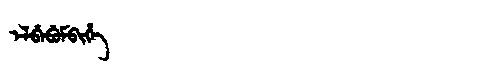
Manchu: ᡝᠯᠪᡝᠪᡠᠮᠪᡳᡥᡝ
Romanization: ELBEBUMBIHE